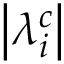
\left| \lambda _ { i } ^ { c } \right|